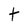
Character: t